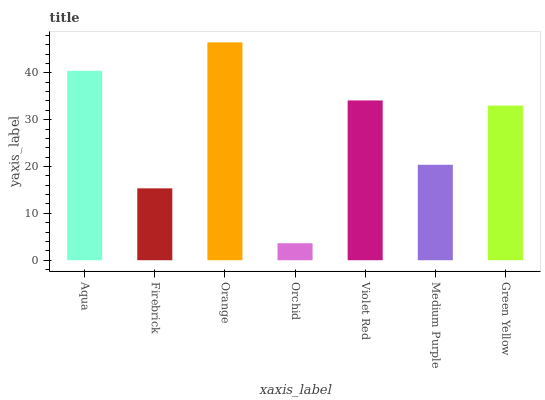
| xaxis_label | bars |
 | --- | --- |
 | Aqua | 40.4 |
 | Firebrick | 15.3 |
 | Orange | 46.5 |
 | Orchid | 3.62 |
 | Violet Red | 34.1 |
 | Medium Purple | 20.4 |
 | Green Yellow | 33 |